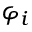
\varphi _ { i }